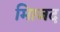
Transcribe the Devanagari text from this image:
मािजद